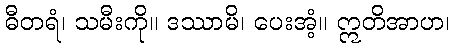
ဓီတရံ၊ သမီးကို။ ဒဿာမိ၊ ပေးအံ့။ ဣတိအာဟ၊